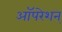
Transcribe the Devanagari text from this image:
ऑपरेशन्